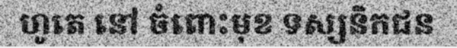
ហូតេ នៅ ចំពោះមុខ ទស្សនិកជន